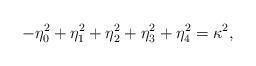
LaTeX: \begin{align*} -\eta_0^2 + \eta_1^2+ \eta_2^2+ \eta_3^2+ \eta_4^2 =\kappa^2,\end{align*}